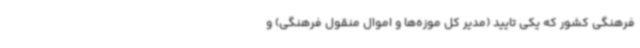
فرهنگی کشور که یکی تایید (مدیر کل موزه‌ها و اموال منقول فرهنگی) و